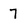
Character: 7